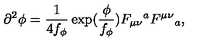
\partial ^ { 2 } \phi = \frac { 1 } { 4 f _ { \phi } } \exp ( \frac { \phi } { f _ { \phi } } ) F _ { \mu \nu } { } ^ { a } F ^ { \mu \nu } { } _ { a } ,